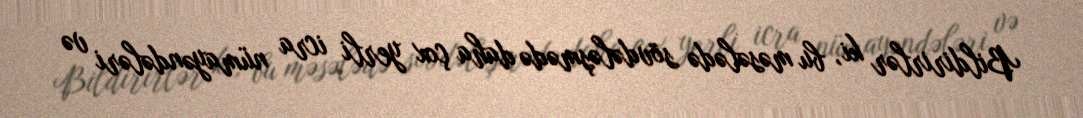
Bildirirlər ki, bu məsələdə sövdələşmədə daha çox yerli icra nümayəndələri və